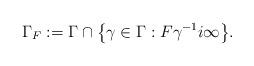
LaTeX: \begin{align*}\Gamma_F:=\Gamma\cap\big\{\gamma\in\Gamma : F \gamma^{-1}i\infty\big\}.\end{align*}